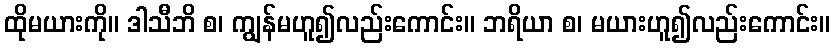
ထိုမယားကို။ ဒါသီဘိ စ၊ ကျွန်မဟူ၍လည်းကောင်း။ ဘရိယာ စ၊ မယားဟူ၍လည်းကောင်း။